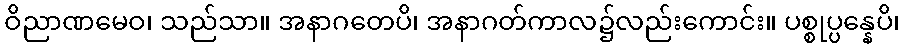
ဝိညာဏမေဝ၊ သည်သာ။ အနာဂတေပိ၊ အနာဂတ်ကာလ၌လည်းကောင်း။ ပစ္စုပ္ပန္နေပိ၊